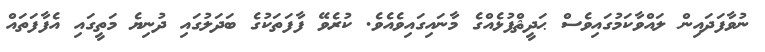
ނުވާފަދައިން ލައްވާކަމުގައިވެސް ޙަދީޘްފުޅެއްގެ މާނައިގައިވެއެވެ. ކުރެވޭ ފާފަތަކުގެ ބަދަލުގައި ދުނިޔެ މަތީގައި އެފާފަތައް